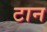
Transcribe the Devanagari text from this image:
टान